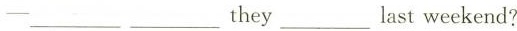
—___ ___ they ___ last weekend?